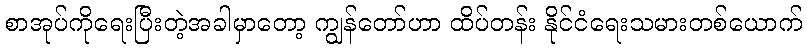
စာအုပ်ကိုရေးပြီးတဲ့အခါမှာတော့ ကျွန်တော်ဟာ ထိပ်တန်း နိုင်ငံရေးသမားတစ်ယောက်